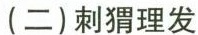
(二)刺猬理发